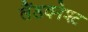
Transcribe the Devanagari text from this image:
लैंडक्नेश्ट